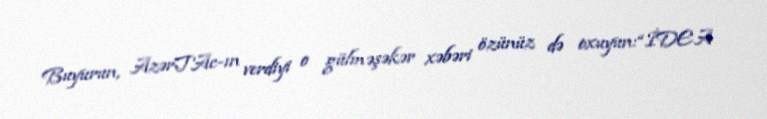
Buyurun, AzərTAc-ın verdiyi o gülməşəkər xəbəri özünüz də oxuyun:“İDEA